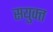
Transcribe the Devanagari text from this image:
सयुक्‍त